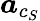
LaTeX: \boldsymbol{a}_{c_{S}}